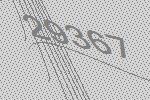
29367